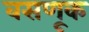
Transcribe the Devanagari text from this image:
वसणूक